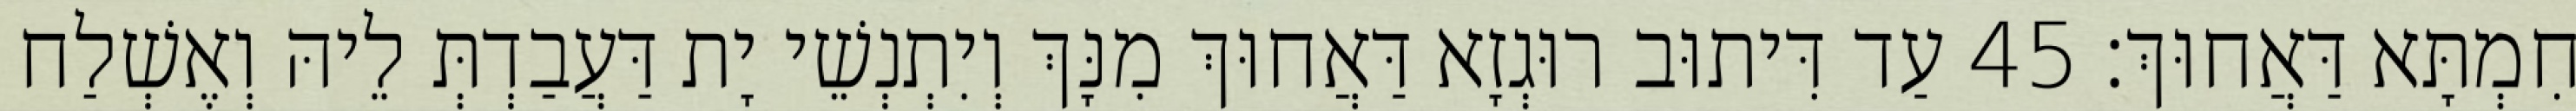
חִמְתָּא דַּאֲחוּךְ׃ 45 עַד דִּיתוּב רוּגְזָא דַּאֲחוּךְ מִנָּךְ וְיִתְנְשֵׁי יָת דַּעֲבַדְתְּ לֵיהּ וְאֶשְׁלַח